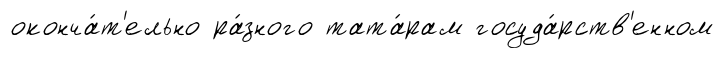
оконча́т'ельно ра́зного тата́рам госуда́рств'енном